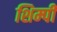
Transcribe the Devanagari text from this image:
शिम्पी